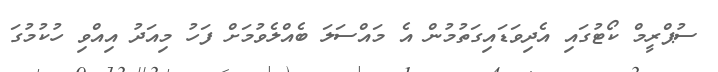
ސުޕްރީމް ކޯޓުގައި އެދިވަޑައިގަތުމުން އެ މައްސަލަ ބެއްލެވުމަށް ފަހު މިއަދު އިއްވި ހުކުމުގަ